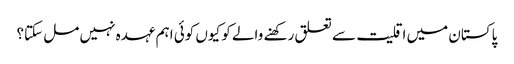
پاکستان میں اقلیت سے تعلق رکھنے والے کو کیوں کوئی اہم عہدہ نہیں مل سکتا؟